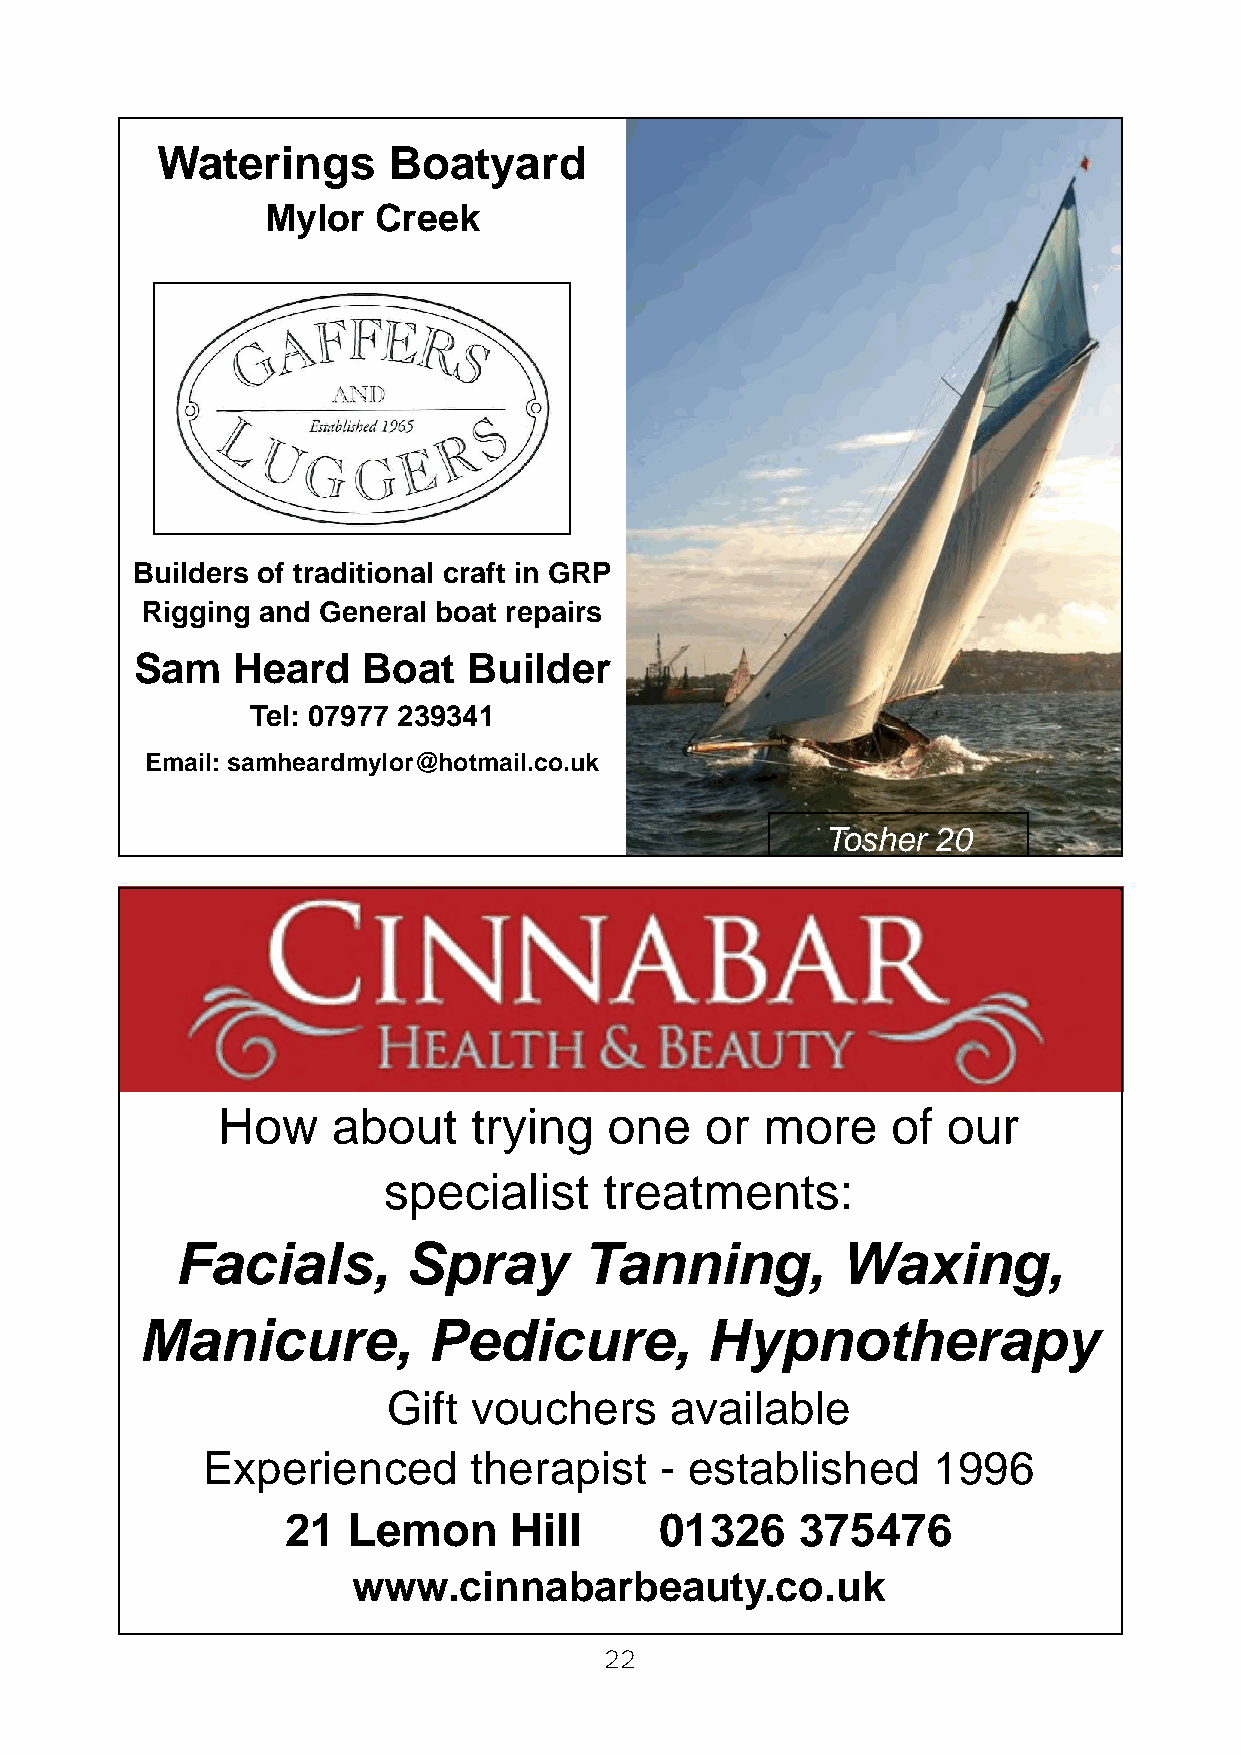
Waterings       Boatyard
 Mylor  Creek
 Builders of traditional craft in GRP
 Rigging and General boat repairs
 Sam   Heard    Boat   Builder
 Tel: 07977 239341
 Email: samheardmylor@hotmail.co.uk
 Tosher 20
 How     about    trying   one    or  more    of  our
 specialist     treatments:
 Facials,       Spray       Tanning,         Waxing,
 Manicure,          Pedicure,          Hypnotherapy
 Gift vouchers     available
 Experienced       therapist    - established     1996
 21  Lemon      Hill      01326    375476
 www.cinnabarbeauty.co.uk
 22